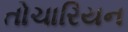
તોચારિયન